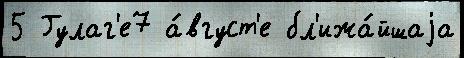
5 Гулаг'е7 а́вгуст'е бл'ижа́йшаjа